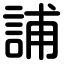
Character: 誧